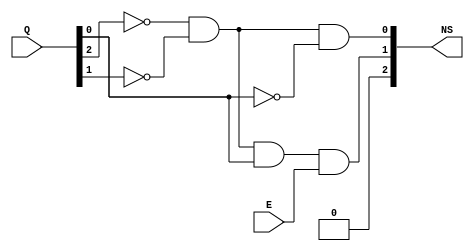
module StateMachine
(
	input [2:0] Q, //current state
	input E,//Extra
	output [2:0] NS //next state
	
);

assign NS[0] = (~Q[2] & ~Q[1] & ~Q[0]) ;

assign NS[1] = (~Q[2] & ~Q[1] & Q[0] & E);

assign NS[2] = 0; 

endmodule